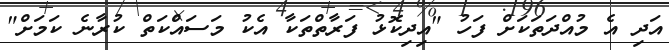
އަދި އެ މުއްދަތަކަށް ފަހު "އިދިކޮޅު ފަރާތްތަކާ އެކު މަސައްކަތް ކުރާނެ ކަމަށް"